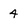
Character: 4